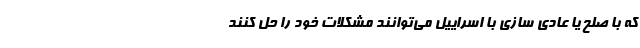
که با صلح یا عادی سازی با اسراییل می‌توانند مشکلات خود را حل کنند